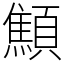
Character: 顦